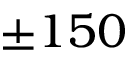
\pm 1 5 0